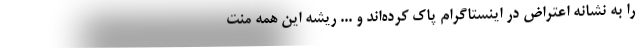
را به نشانه اعتراض در اینستاگرام پاک کرده‌اند و ... ریشه این همه منت